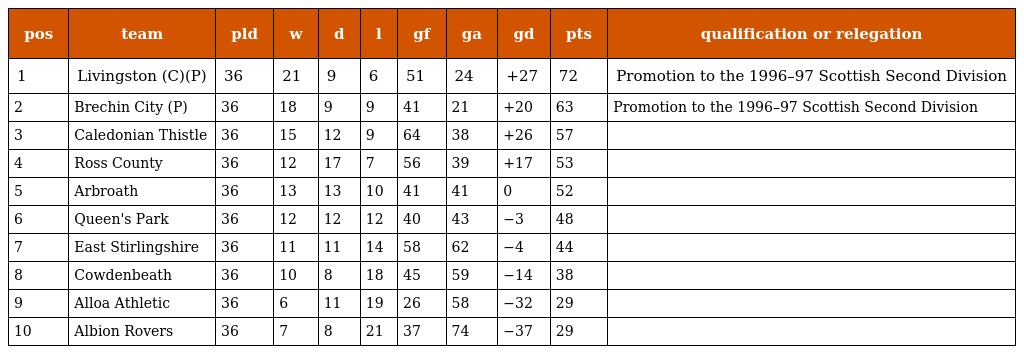
| pos | team | pld | w | d | l | gf | ga | gd | pts | qualification or relegation |
 | --- | --- | --- | --- | --- | --- | --- | --- | --- | --- | --- |
 | 1 | Livingston (C)(P) | 36 | 21 | 9 | 6 | 51 | 24 | +27 | 72 | Promotion to the 1996–97 Scottish Second Division |
 | 2 | Brechin City (P) | 36 | 18 | 9 | 9 | 41 | 21 | +20 | 63 | Promotion to the 1996–97 Scottish Second Division |
 | 3 | Caledonian Thistle | 36 | 15 | 12 | 9 | 64 | 38 | +26 | 57 |  |
 | 4 | Ross County | 36 | 12 | 17 | 7 | 56 | 39 | +17 | 53 |  |
 | 5 | Arbroath | 36 | 13 | 13 | 10 | 41 | 41 | 0 | 52 |  |
 | 6 | Queen's Park | 36 | 12 | 12 | 12 | 40 | 43 | −3 | 48 |  |
 | 7 | East Stirlingshire | 36 | 11 | 11 | 14 | 58 | 62 | −4 | 44 |  |
 | 8 | Cowdenbeath | 36 | 10 | 8 | 18 | 45 | 59 | −14 | 38 |  |
 | 9 | Alloa Athletic | 36 | 6 | 11 | 19 | 26 | 58 | −32 | 29 |  |
 | 10 | Albion Rovers | 36 | 7 | 8 | 21 | 37 | 74 | −37 | 29 |  |